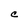
Character: C